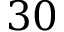
3 0